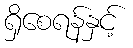
ရှိစေရန်နှင့်